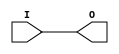
// $Header: /devl/xcs/repo/env/Databases/CAEInterfaces/verunilibs/data/unisims/IBUF_SSTL18_I_DCI.v,v 1.6 2007/05/23 21:43:35 patrickp Exp $
///////////////////////////////////////////////////////////////////////////////
// Copyright (c) 1995/2004 Xilinx, Inc.
// All Right Reserved.
///////////////////////////////////////////////////////////////////////////////
//   ____  ____
//  /   /\/   /
// /___/  \  /    Vendor : Xilinx
// \   \   \/     Version : 10.1
//  \   \         Description : Xilinx Functional Simulation Library Component
//  /   /                  Input Buffer with SSTL18_I_DCI I/O Standard
// /___/   /\     Filename : IBUF_SSTL18_I_DCI.v
// \   \  /  \    Timestamp : Thu Mar 25 16:42:36 PST 2004
//  \___\/\___\
//
// Revision:
//    03/23/04 - Initial version.
//    05/23/07 - Changed timescale to 1 ps / 1 ps.

`timescale  1 ps / 1 ps


module IBUF_SSTL18_I_DCI (O, I);

    output O;

    input  I;

	buf B1 (O, I);


endmodule